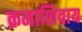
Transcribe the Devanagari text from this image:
क्रमाशिवाय